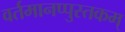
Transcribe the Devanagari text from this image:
वर्तमानप्पुस्तकम्